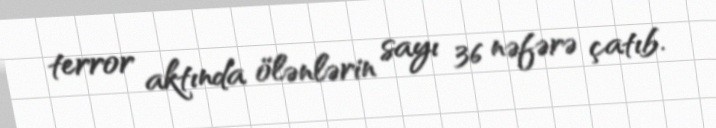
terror aktında ölənlərin sayı 36 nəfərə çatıb.